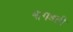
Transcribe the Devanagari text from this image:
झगडती